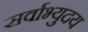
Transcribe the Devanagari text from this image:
सर्वाभ्युदय